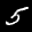
Label: 5